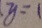
y = 1